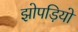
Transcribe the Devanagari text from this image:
झोपड़ियो